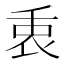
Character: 𠂻